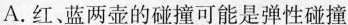
A.红、蓝两壶的碰撞可能是弹性碰撞